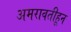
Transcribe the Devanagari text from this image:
अमरावतीहून